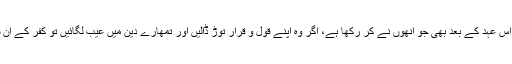
جاوید احمد غامدی اور اُس عہد کے بعد بھی جو اُنھوں نے کر رکھا ہے، اگر وہ اپنے قول و قرار توڑ ڈالیں اور تمھارے دین میں عیب لگائیں تو کفر کے اِن سرخیلوں سے بھی لڑو۔